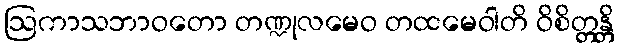
ဩကာသဘာဝတော တဏ္ဍုလမေဝ တထမေဝါတိ ဝိစိတ္တန္တိ